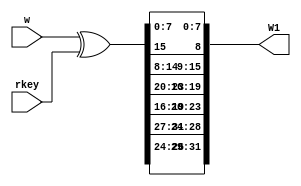
//////////////////////////////////////////////////////////////////////////////////
// Company: 
// Engineer: 
// 
// Design Name: 
// Module Name:    F1 
// Project Name: 
// Target Devices: 
// Tool versions: 
// Description: 
//
// Dependencies: 
//
// Revision: 
// Revision 0.01 - File Created
// Additional Comments: 
//
//////////////////////////////////////////////////////////////////////////////////
module F1(w,rkey,W1);
  input[0:31] w;
  input[0:31] rkey;
  output[0:31] W1;
  wire[0:7] Row[0:3];
  wire[0:31] T;
  assign T=w^rkey;
  assign Row[0]=T[24:31];
  assign Row[1]={T[17:23],T[16]};
  assign Row[2]={T[12:15],T[8:11]};
  assign Row[3]={T[5:7],T[0:4]};
  assign W1={Row[3],Row[2],Row[1],Row[0]};

endmodule